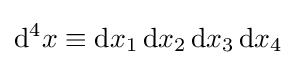
\mathrm {d} ^{4}x\equiv \mathrm {d} x_{1}\,\mathrm {d} x_{2}\,\mathrm {d} x_{3}\,\mathrm {d} x_{4}~